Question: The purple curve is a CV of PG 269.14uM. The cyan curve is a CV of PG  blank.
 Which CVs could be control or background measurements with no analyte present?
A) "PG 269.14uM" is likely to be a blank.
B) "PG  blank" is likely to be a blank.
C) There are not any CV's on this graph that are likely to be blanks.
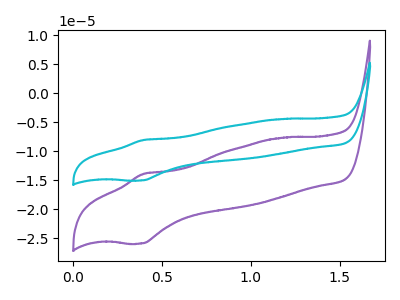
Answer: <think>The purple curve "PG 269.14uM" has an anodic peak at (0.40V, -13.95uA) and a cathodic peak at (0.40V, -25.95uA). The cyan curve "PG  blank" has an anodic peak at (0.40V, -8.10uA) and a cathodic peak at (0.40V, -15.05uA).</think>
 <answer>C) There are not any CV's on this graph that are likely to be blanks.</answer>
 <eval>C</eval>